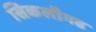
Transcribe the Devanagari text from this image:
सिकलीगढ